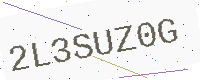
Text: 2L3SUZ0G